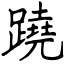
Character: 蹺